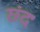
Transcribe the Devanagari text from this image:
छंदः